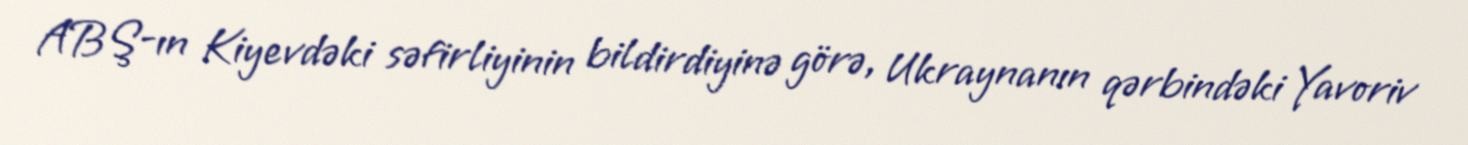
ABŞ-ın Kiyevdəki səfirliyinin bildirdiyinə görə, Ukraynanın qərbindəki Yavoriv